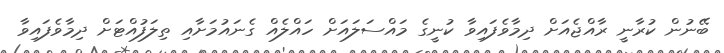
ބޭނުން ކުރާނީ ރާއްޖެއަށް ދިމާވެފައިވާ ކުނީގެ މައްސަލައަށް ހައްލެއް ގެނައުމަށާއި ތިލަފުއްޓަށް ދިމާވެފައިވާ